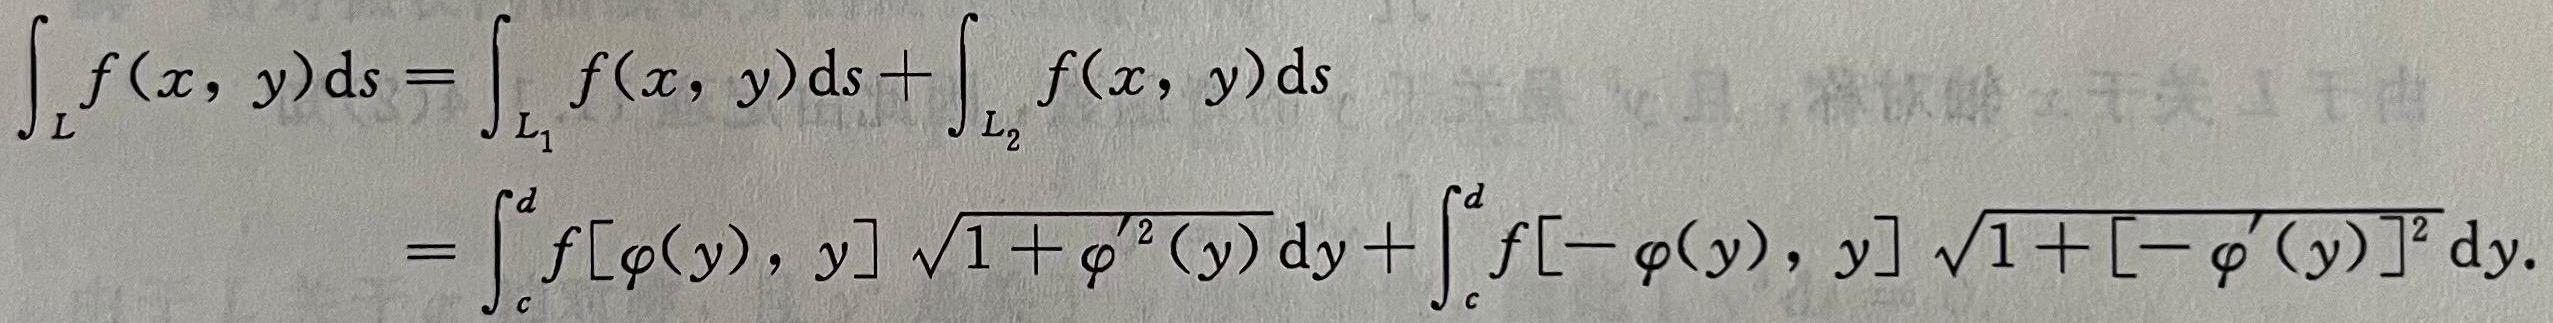
\[
\begin{align*}
\int_{L} f(x, y) \mathrm{d}s&=\int_{L_{1}} f(x, y) \mathrm{d}s+\int_{L_{2}} f(x, y) \mathrm{d}s\\
&=\int_{c}^{d} f[\varphi(y), y] \sqrt{1+\varphi^{\prime 2}(y)} \mathrm{d}y+\int_{c}^{d} f[-\varphi(y), y] \sqrt{1+[-\varphi^{\prime}(y)]^{2}} \mathrm{d}y.
\end{align*}
\]